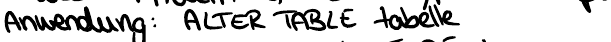
Anwendung: ALTER TABLE tabelle